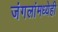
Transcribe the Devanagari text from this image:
जंगलांमध्येही